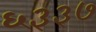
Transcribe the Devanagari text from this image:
६३३७